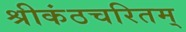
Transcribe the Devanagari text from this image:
श्रीकंठचरितम्